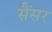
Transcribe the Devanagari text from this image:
सैंसर